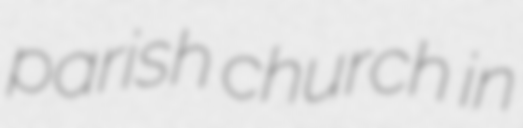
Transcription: parish church in